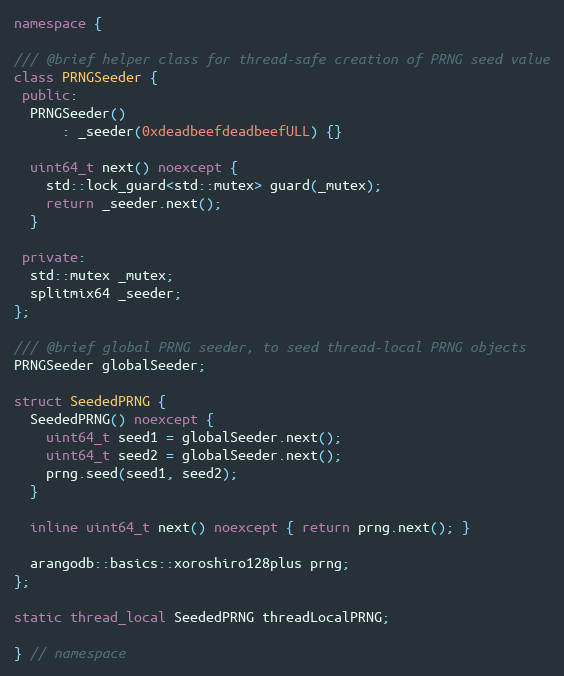
Language: C++
namespace {

/// @brief helper class for thread-safe creation of PRNG seed value
class PRNGSeeder {
 public:
  PRNGSeeder()
      : _seeder(0xdeadbeefdeadbeefULL) {}

  uint64_t next() noexcept {
    std::lock_guard<std::mutex> guard(_mutex);
    return _seeder.next();
  }

 private:
  std::mutex _mutex;
  splitmix64 _seeder;
};

/// @brief global PRNG seeder, to seed thread-local PRNG objects
PRNGSeeder globalSeeder;

struct SeededPRNG {
  SeededPRNG() noexcept {
    uint64_t seed1 = globalSeeder.next();
    uint64_t seed2 = globalSeeder.next();
    prng.seed(seed1, seed2);
  }

  inline uint64_t next() noexcept { return prng.next(); }

  arangodb::basics::xoroshiro128plus prng;
};

static thread_local SeededPRNG threadLocalPRNG;

} // namespace